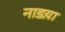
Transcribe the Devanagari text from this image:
नाडय़ा